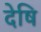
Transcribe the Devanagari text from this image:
देषि